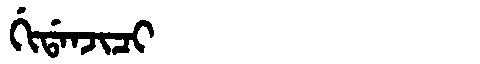
Manchu: ᡤᡳᡩᠠᠨᠵᡳᠴᡳ
Romanization: GIDANJICI